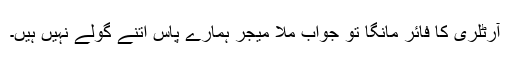
آرٹلری کا فائر مانگا تو جواب ملا میجر ہمارے پاس اتنے گولے نہیں ہیں۔